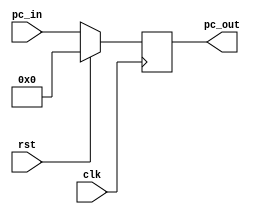
`timescale 1ns / 1ps

module PC (
    input [31:0] pc_in,
    input clk,
    input rst,
    output reg [31:0] pc_out
);
    
always @(posedge clk) begin
    if(rst) begin
        pc_out <= 0;
    end
    else begin
        pc_out <= pc_in;
    end
end

endmodule